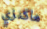
ماكنزي